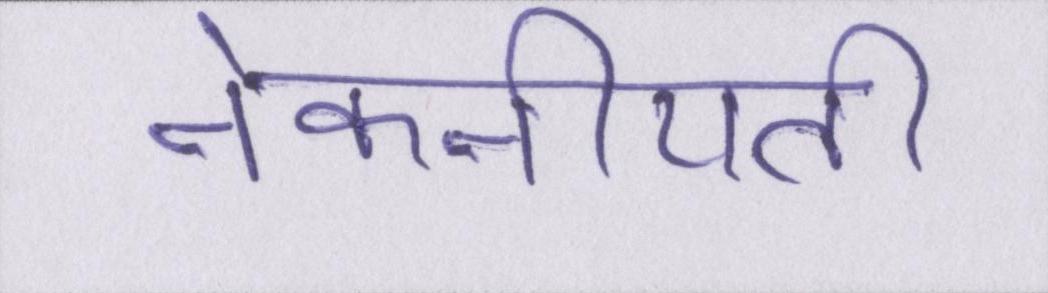
नेकनीयती